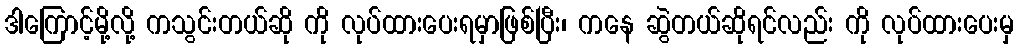
ဒါကြောင့်မို့လို့ ကသွင်းတယ်ဆို ကို လုပ်ထားပေးရမှာဖြစ်ပြီး၊ ကနေ ဆွဲတယ်ဆိုရင်လည်း ကို လုပ်ထားပေးမှ